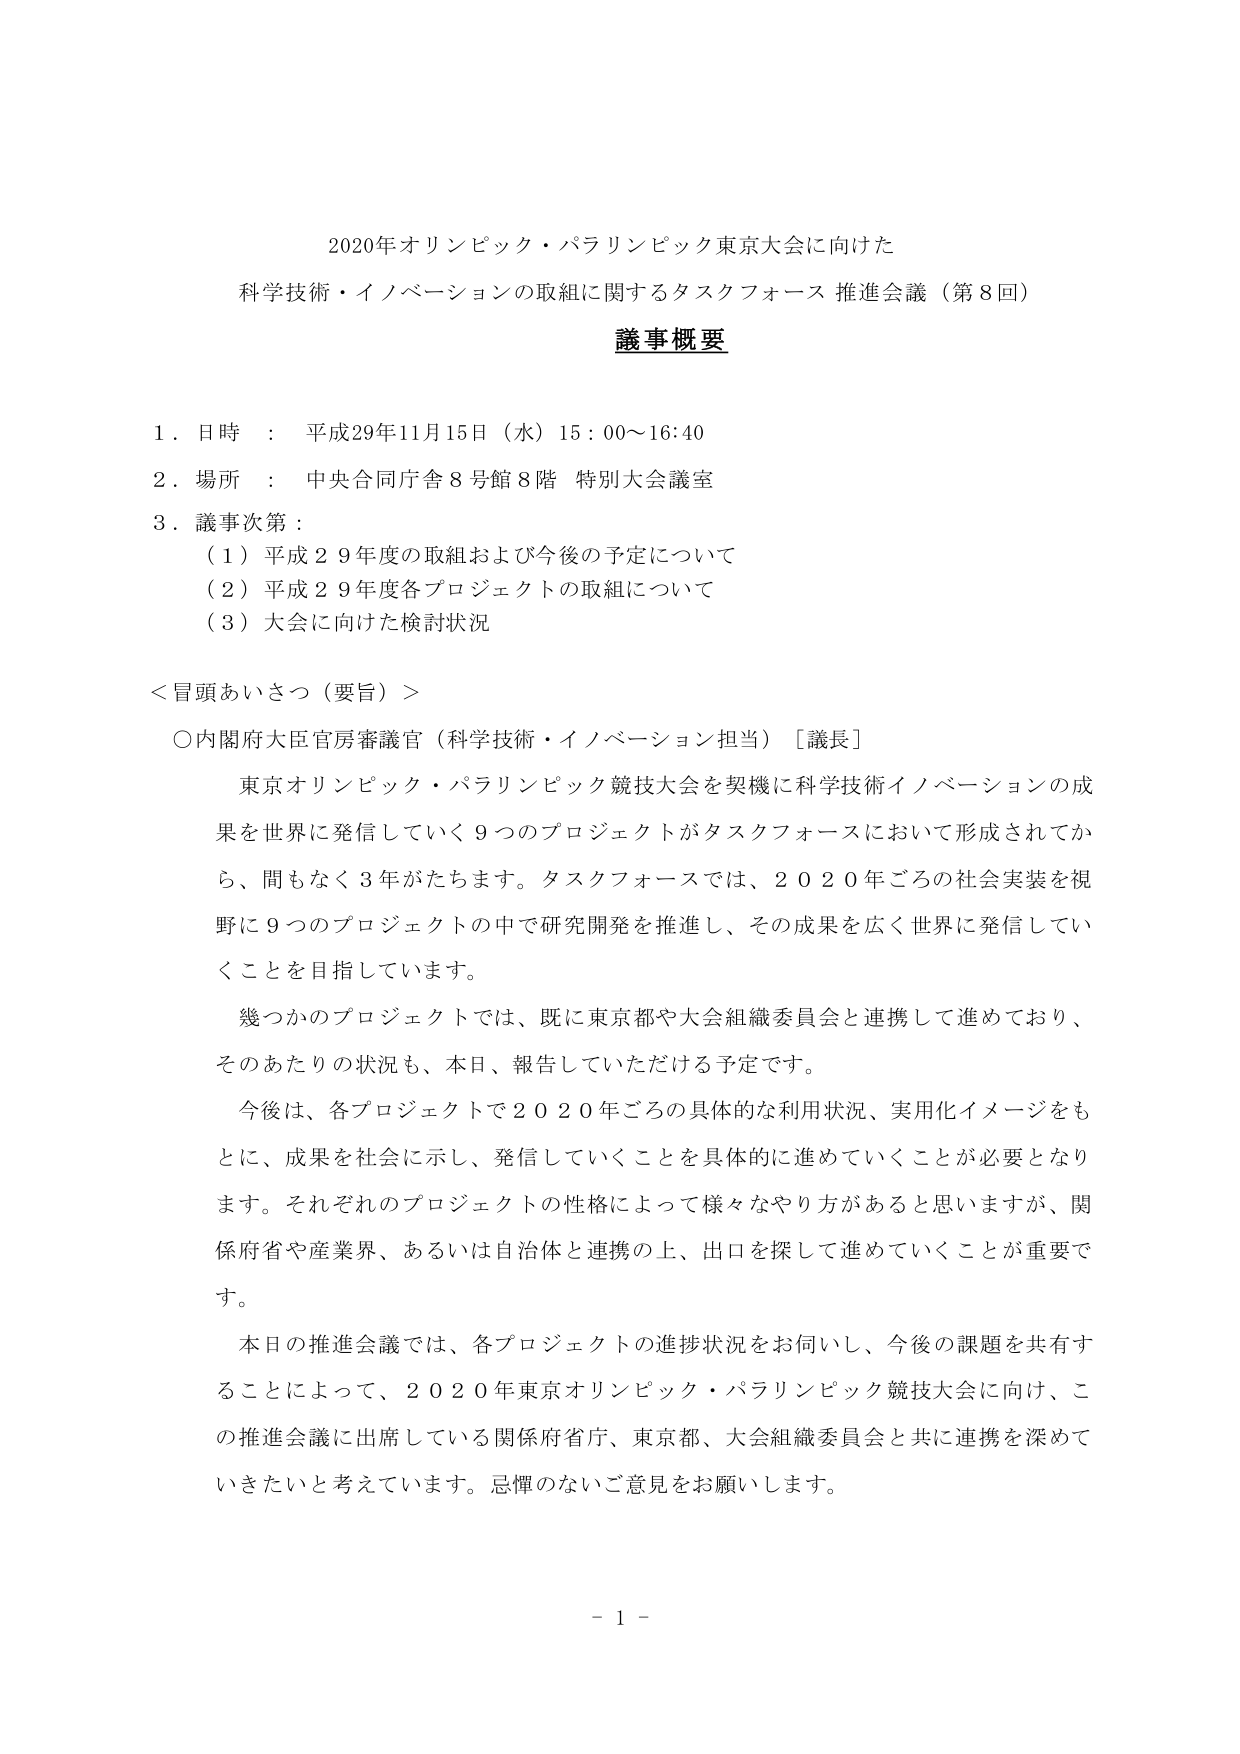
2020年オリンピック・パラリンピック東京大会に向けた
科学技術・イノベーションの取組に関するタスクフォース 推進会議（第8回）
議事概要

1．日時 ： 平成29年11月15日（水）15：00～16：40
2．場所 ： 中央合同庁舎8号館8階 特別大会議室
3．議事次第：
　（1）平成29年度の取組および今後の予定について
　（2）平成29年度各プロジェクトの取組について
　（3）大会に向けた検討状況

＜冒頭あいさつ（要旨）＞
○内閣府大臣官房審議官（科学技術・イノベーション担当）［議長］
　東京オリンピック・パラリンピック競技大会を契機に科学技術イノベーションの成果を世界に発信していく9つのプロジェクトがタスクフォースにおいて形成されてから、間もなく3年がたちます。タスクフォースでは、2020年ごろの社会実装を視野に9つのプロジェクトの中で研究開発を推進し、その成果を広く世界に発信していくことを目指しています。
　幾つかのプロジェクトでは、既に東京都や大会組織委員会と連携して進めており、そのあたりの状況も、本日、報告していただける予定です。
　今後は、各プロジェクトで2020年ごろの具体的な利用状況、実用化イメージをもとに、成果を社会に示し、発信していくことを具体的に進めていくことが必要となります。それぞれのプロジェクトの性格によって様々なやり方があると思いますが、関係府省や産業界、あるいは自治体と連携の上、出口を探して進めていくことが重要です。
　本日の推進会議では、各プロジェクトの進捗状況をお伺いし、今後の課題を共有することによって、2020年東京オリンピック・パラリンピック競技大会に向け、この推進会議に出席している関係府省庁、東京都、大会組織委員会と共に連携を深めていきたいと考えています。忌憚のないご意見をお願いします。

－ 1 －